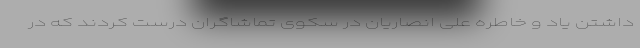
داشتن یاد و خاطره علی انصاریان در سکوی تماشاگران درست کردند که در